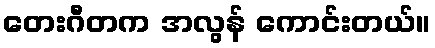
တေးဂီတက အလွန် ကောင်းတယ်။